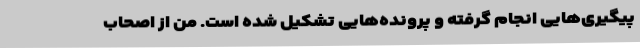
پیگیری‌هایی انجام گرفته‌ و پرونده‌هایی تشکیل شده است. من از اصحاب